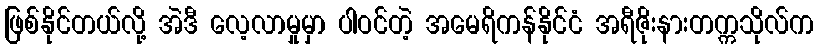
ဖြစ်နိုင်တယ်လို့ အဲဒီ လေ့လာမှုမှာ ပါဝင်တဲ့ အမေရိကန်နိုင်ငံ အရီဇိုးနားတက္ကသိုလ်က